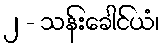
၂ - သန်းခေါင်ယံ၊